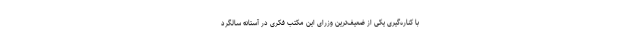
با کناره‌گیری یکی از ضعیف‌ترین وزرای این مکتب فکری در آستانه سالگرد